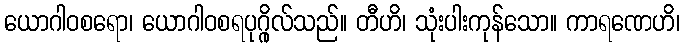
ယောဂါဝစရော၊ ယောဂါဝစရပုဂ္ဂိုလ်သည်။ တီဟိ၊ သုံးပါးကုန်သော။ ကာရဏေဟိ၊